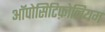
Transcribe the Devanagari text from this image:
ऑपोसिटिफ़ोलियम